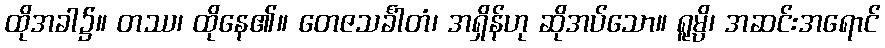
ထိုအခါ၌။ တဿ၊ ထိုနေ၏။ တေဇသင်္ခါတံ၊ အရှိန်ဟု ဆိုအပ်သော။ ရူမ္ပိ၊ အဆင်းအရောင်